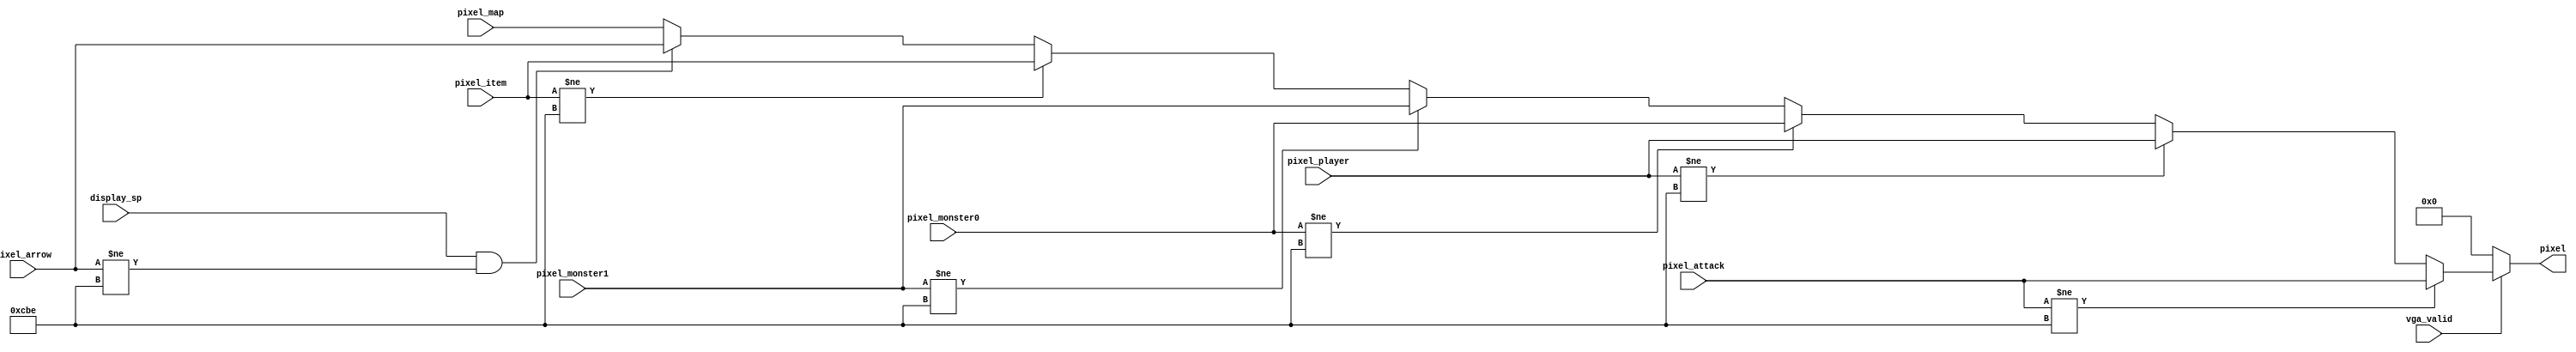

/*
input:
	pixel from all instances: player, map, monster, ... etc.
	
output:
	color to be sent to {vgaRed, vgaGreen, vgaBlue}
	(i.e. {vgaRed, vgaGreen, vgaBlue} = pixel = color)
*/

/////////////////////////////////////////////////////////////////
// Constants Define
/////////////////////////////////////////////////////////////////

// colors

`define TRANSPARENT 12'hCBE
`define BLACK 12'h0

/////////////////////////////////////////////////////////////////
// VGA display module
/////////////////////////////////////////////////////////////////

module vga_displayer(
	input vga_valid,
	input display_sp,
	input [11:0] pixel_player,
	input [11:0] pixel_monster0,
	input [11:0] pixel_monster1,
	/*
	input [11:0] pixel_monster2,
	input [11:0] pixel_monster3,
	*/
	input [11:0] pixel_arrow,
	input [11:0] pixel_map,
	input [11:0] pixel_attack,
	input [11:0] pixel_item,
	output [11:0] pixel
);

	// combine several layer to one
	/* Layers:
		- player
		- monster0
		- arrow (shortest path tree)
		- map
	*/
	reg [11:0] color;
	always@(*) begin
		if(vga_valid == 1'b0) color = `BLACK;
		else if (pixel_attack != `TRANSPARENT) color = pixel_attack;
		else if(pixel_player != `TRANSPARENT) color = pixel_player;
		else if(pixel_monster0 != `TRANSPARENT) color = pixel_monster0;
		else if(pixel_monster1 != `TRANSPARENT) color = pixel_monster1;
		/*
		else if(pixel_monster2 != `TRANSPARENT) color = pixel_monster2;
		else if(pixel_monster3 != `TRANSPARENT) color = pixel_monster3;
		*/
		else if (pixel_item != `TRANSPARENT) color = pixel_item;
		else if(display_sp == 1'b1 && pixel_arrow != `TRANSPARENT) color = pixel_arrow;
		else color = pixel_map;
	end

	assign pixel = color;

endmodule